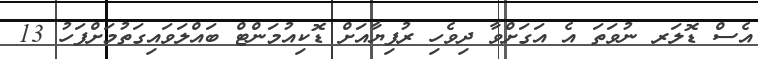
އެސް ޑޮލަރ ނުވަތަ އެ އަގަށްވާ ދިވެހި ރުފިޔާއަށް ޑޮކިއުމަންޓް ބައްލަވައިގަތުމަށްފަހު 13